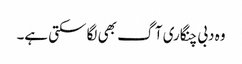
وہ دبی چنگاری آگ بھی لگا سکتی ہے۔